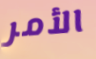
الأمر